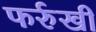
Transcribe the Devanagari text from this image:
फर्रुखी